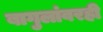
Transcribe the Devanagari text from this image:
बागुलांवरही